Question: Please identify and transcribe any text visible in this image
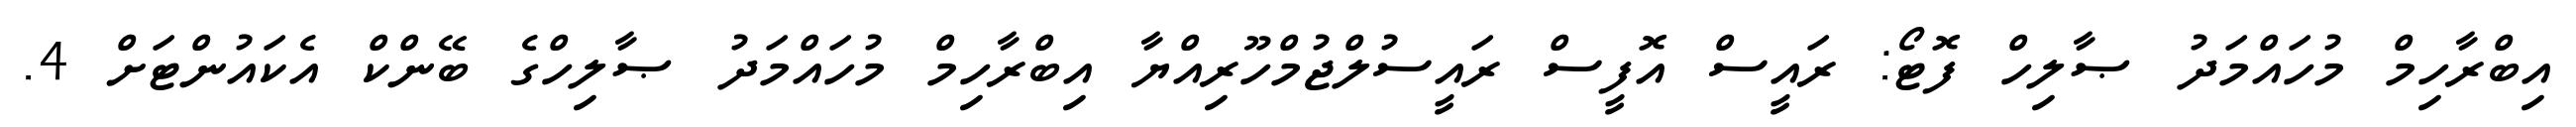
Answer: އިބްރާހިމް މުހައްމަދު ޞާލިހް ފޮޓޯ: ރައީސް އޮފީސް ރައީސުލްޖުމްހޫރިއްޔާ އިބްރާހިމް މުހައްމަދު ޞާލިހްގެ ބޭންކް އެކައުންޓަށް 4.